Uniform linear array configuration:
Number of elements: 8
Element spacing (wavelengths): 0.75
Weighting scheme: cosine
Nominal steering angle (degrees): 0
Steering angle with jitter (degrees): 1.766
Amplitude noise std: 0.05
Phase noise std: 0.05

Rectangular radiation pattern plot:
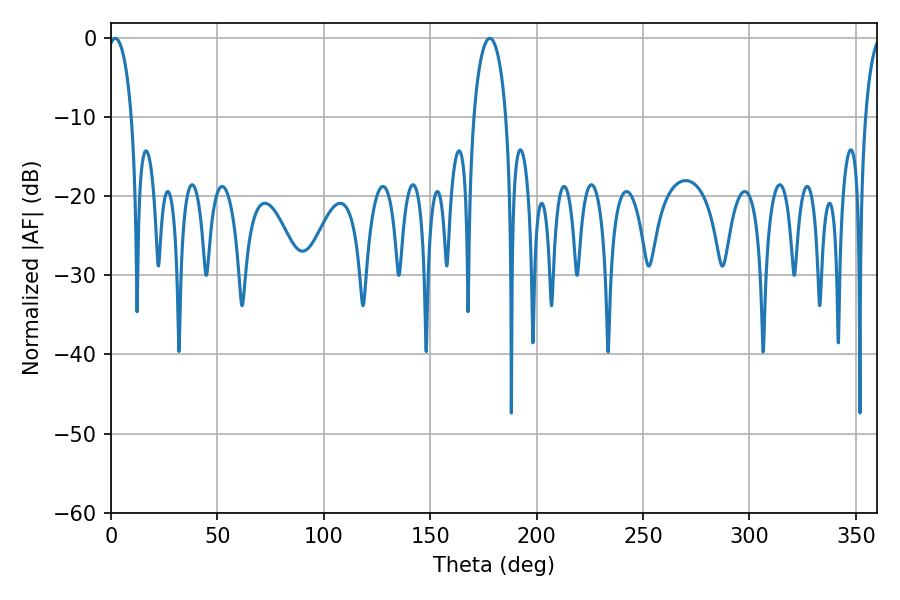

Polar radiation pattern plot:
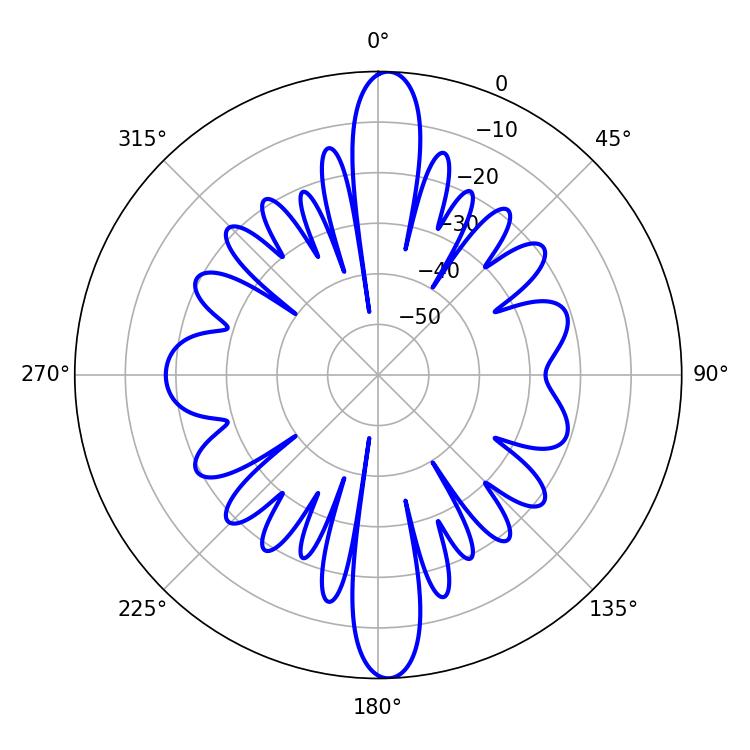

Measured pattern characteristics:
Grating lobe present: TRUE
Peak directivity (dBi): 23.809
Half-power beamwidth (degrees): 6.3
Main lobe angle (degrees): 1.98